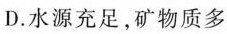
D.水源充足，矿物质多